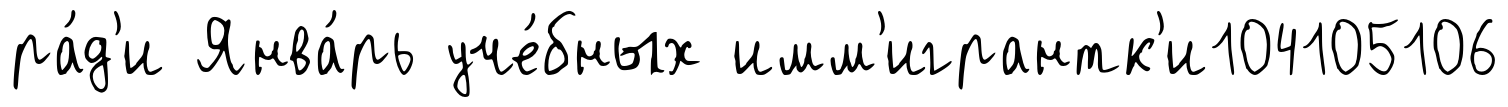
ра́д'и Янва́рь уче́бных имм'игрантк'и104105106